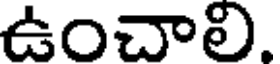
ఉంచాలి.